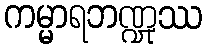
ကမ္မာရဘဏ္ဍုဿ